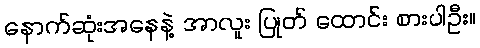
နောက်ဆုံးအနေနဲ့ အာလူး ပြုတ် ထောင်း စားပါဦး။